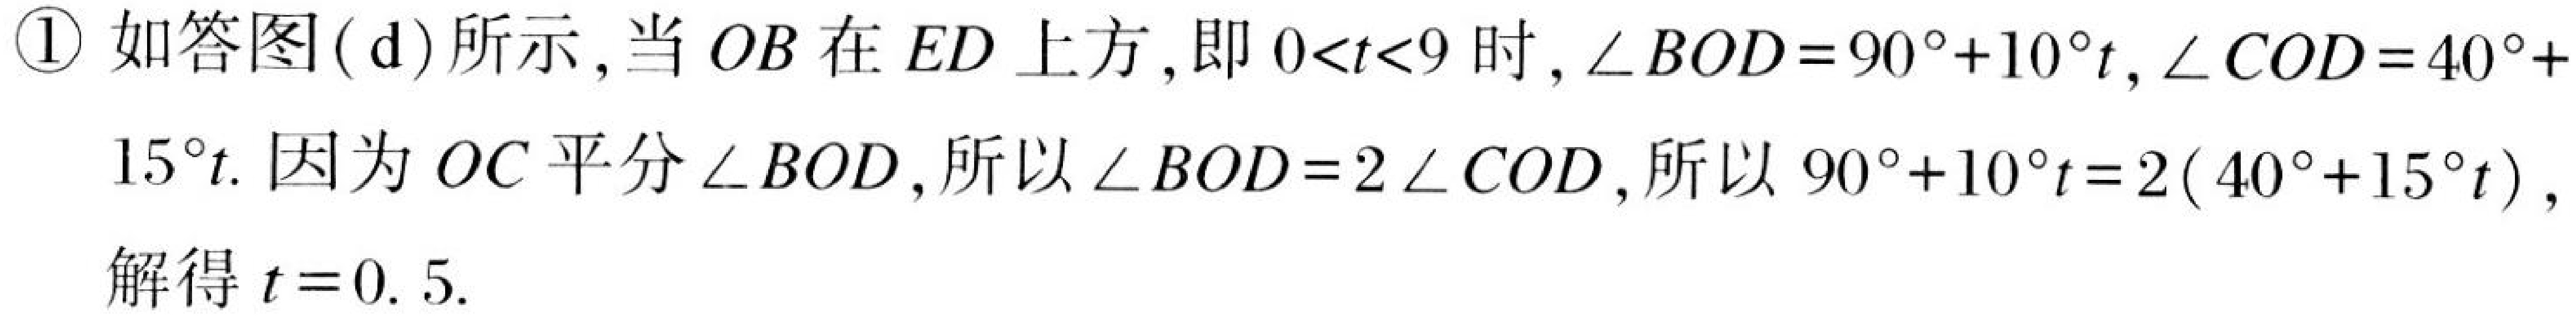
\textcircled{1} 如答图(d)所示,当 \(OB\) 在 \(ED\) 上方,即 \(0<t<9\) 时, \(\angle BOD = 90^{\circ}+10^{\circ}t\), \(\angle COD = 40^{\circ}+15^{\circ}t\). 因为 \(OC\) 平分 \(\angle BOD\),所以 \(\angle BOD = 2\angle COD\),所以 \(90^{\circ}+10^{\circ}t = 2(40^{\circ}+15^{\circ}t)\),解得 \(t = 0.5\).